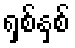
ရှစ်နှစ်